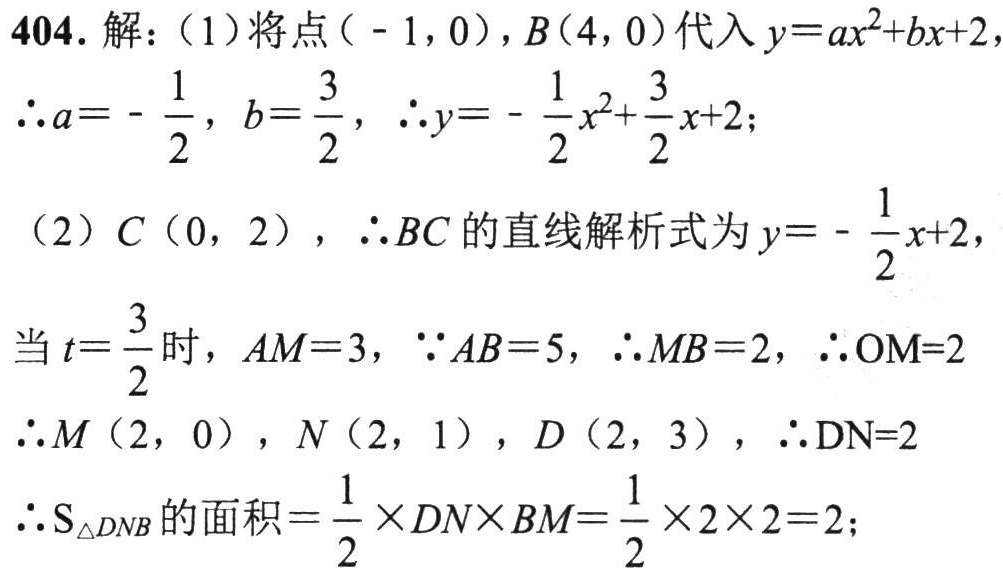
404. 解：
（1）将点\(( - 1,0)\)，\(B(4,0)\)代入\(y = ax^{2}+bx + 2\)
\(\therefore a=-\frac{1}{2}\)，\(b = \frac{3}{2}\)，\(\therefore y=-\frac{1}{2}x^{2}+\frac{3}{2}x + 2\)；
（2）\(C(0,2)\)，\(\therefore BC\)的直线解析式为\(y=-\frac{1}{2}x + 2\)，
当\(t=\frac{3}{2}\)时，\(AM = 3\)，\(\because AB = 5\)，\(\therefore MB = 2\)，\(\therefore OM = 2\)
\(\therefore M(2,0)\)，\(N(2,1)\)，\(D(2,3)\)，\(\therefore DN = 2\)
\(\therefore S_{\triangle DNB}\)的面积\(=\frac{1}{2}\times DN\times BM=\frac{1}{2}\times2\times2 = 2\)；